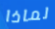
لماذا